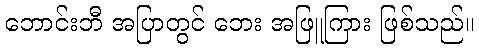
ဘောင်းဘီ အပြာတွင် ဘေး အဖြူကြား ဖြစ်သည်။